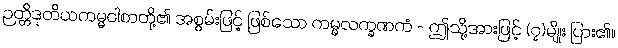
ဉတ္တိဒုတိယကမ္မဝါစာတို့၏ အစွမ်းဖြင့် ဖြစ်သော ကမ္မလက္ခဏကံ - ဤသို့အားဖြင့် (၇)မျိုး ပြား၏။